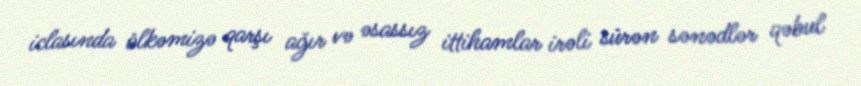
iclasında ölkəmizə qarşı ağır və əsassız ittihamlar irəli sürən sənədlər qəbul